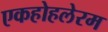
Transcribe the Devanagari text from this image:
एकहोहलेरम